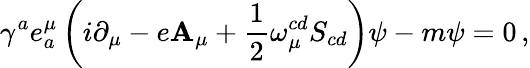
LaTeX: {\gamma}^{a}e_{a}^{\mu}\left(i\partial_{\mu}-e\mathbf{A}_{\mu}+\frac{{1}}{{2}}\omega_{\mu}^{cd}S_{cd}\right)\psi-m\psi=0\, ,